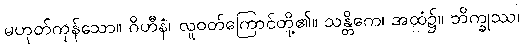
မဟုတ်ကုန်သော။ ဂိဟီနံ၊ လူဝတ်ကြောင်တို့၏။ သန္တိကေ၊ အထံ၌။ ဘိက္ခုဿ၊